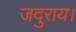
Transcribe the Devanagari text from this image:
जदुराय।